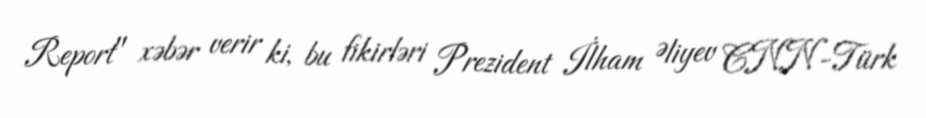
Report" xəbər verir ki, bu fikirləri Prezident İlham Əliyev CNN-Türk